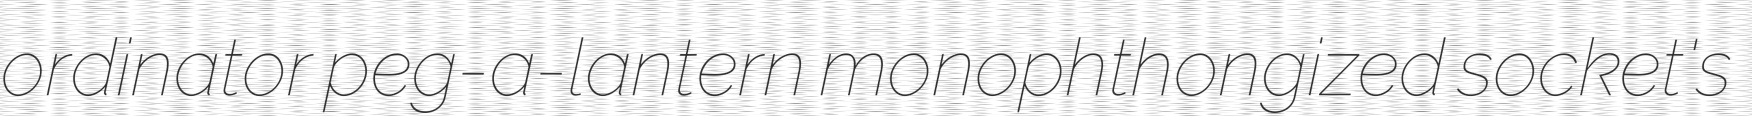
ordinator peg-a-lantern monophthongized socket's